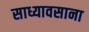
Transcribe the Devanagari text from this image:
साध्यावसाना